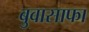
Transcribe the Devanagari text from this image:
बुवासाफा